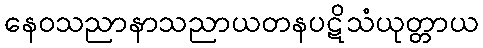
နေဝသညာနာသညာယတနပဋိသံယုတ္တာယ